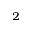
_ 2